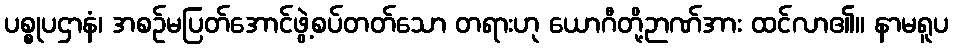
ပစ္စုပဌာနံ၊ အစဉ်မပြတ်အောင်ဖွဲ့စပ်တတ်သော တရားဟု ယောဂီတို့ဉာဏ်အား ထင်လာ၏။ နာမရူပ